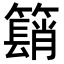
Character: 𥵦